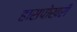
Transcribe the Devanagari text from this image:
हासपोखरी